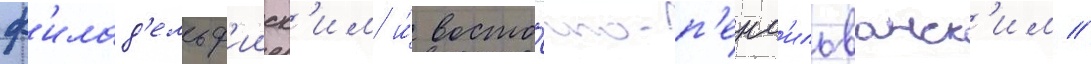
ф'илад'ельф'ииск'им и́ восто́чно-п'енс'ильванск'им //